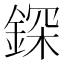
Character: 𨨥